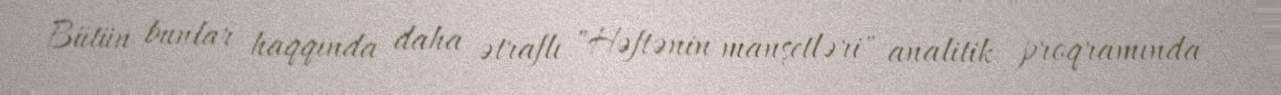
Bütün bunlar haqqında daha ətraflı "Həftənin manşetləri" analitik proqramında